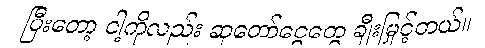
ပြီးတော့ ငါ့ကိုလည်း ဆုတော်ငွေတွေ ချီးမြှင့်တယ်။